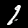
Digit: 1